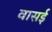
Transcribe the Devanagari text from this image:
वासई